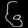
Digit: ၆